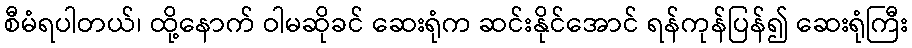
စီမံရပါတယ်၊ ထို့နောက် ဝါမဆိုခင် ဆေးရုံက ဆင်းနိုင်အောင် ရန်ကုန်ပြန်၍ ဆေးရုံကြီး